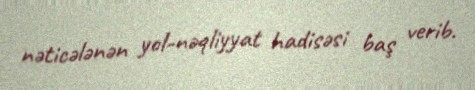
nəticələnən yol-nəqliyyat hadisəsi baş verib.